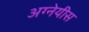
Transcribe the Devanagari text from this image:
अग्नेयीस